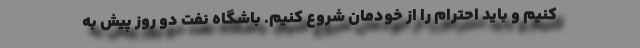
کنیم و باید احترام را از خودمان شروع کنیم. باشگاه نفت دو روز پیش به